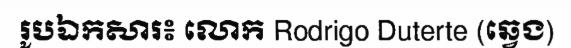
រូបឯកសារ៖ លោក Rodrigo Duterte (ឆ្វេង)